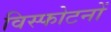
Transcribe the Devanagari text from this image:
विस्फोटनों